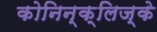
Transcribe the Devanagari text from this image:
कोनिन्क्लिज्के